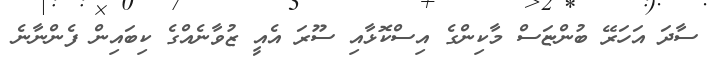
ސާދަ އަހަރޭ ބުންޏަސް މާކިންގެ އިސްކޮޅާއި ސޫރަ އެއީ ޒުވާނެއްގެ ކިބައިން ފެންނާނެ